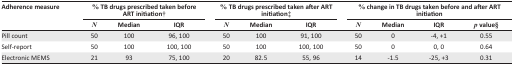
<table><thead><tr><td rowspan="2"><b>Adherence measure</b></td><td colspan="3"><b>% TB drugs prescribed taken before ART initiation†</b></td><td colspan="3"><b>% TB drugs prescribed taken after ART initiation‡</b></td><td colspan="4"><b>% change in TB drugs taken before and after ART initiation</b></td></tr><tr><td></td><td><b><i>N</i></b></td><td><b>Median</b></td><td><b>IQR</b></td><td><b><i>N</i></b></td><td><b>Median</b></td><td><b>IQR</b></td><td><b><i>N</i></b></td><td><b>Median</b></td><td><b>IQR</b></td><td><b><i>p</i> value§</b></td></tr></thead><tbody><tr><td>Pill count</td><td>50</td><td>100</td><td>96, 100</td><td>50</td><td>100</td><td>91, 100</td><td>50</td><td>0</td><td>−4, +1</td><td>0.55</td></tr><tr><td>Self-report</td><td>50</td><td>100</td><td>100, 100</td><td>50</td><td>100</td><td>100, 100</td><td>50</td><td>0</td><td>0, 0</td><td>0.64</td></tr><tr><td>Electronic MEMS</td><td>21</td><td>93</td><td>75, 100</td><td>20</td><td>82.5</td><td>55, 96</td><td>14</td><td>−1.5</td><td>−25, +3</td><td>0.31</td></tr></tbody></table>